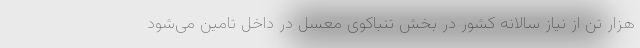
هزار تن از نیاز سالانه کشور در بخش تنباکوی معسل در داخل تامین می‌شود